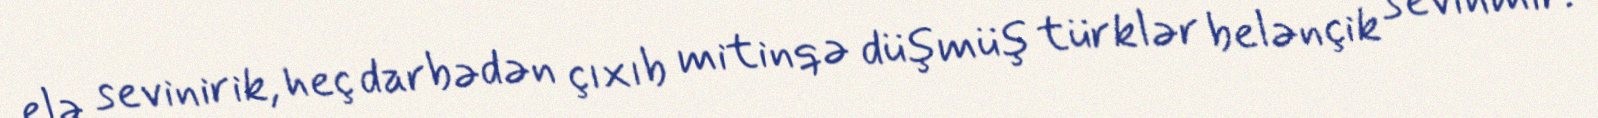
elə sevinirik, heç darbədən çıxıb mitinqə düşmüş türklər belənçik sevinmir.